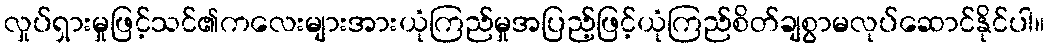
လှုပ်ရှားမှုဖြင့်သင်၏ကလေးများအားယုံကြည်မှုအပြည့်ဖြင့်ယုံကြည်စိတ်ချစွာမလုပ်ဆောင်နိုင်ပါ။